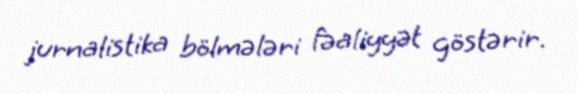
jurnalistika bölmələri fəaliyyət göstərir.